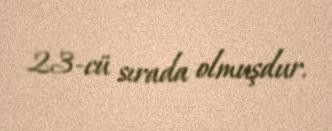
23-cü sırada olmuşdur.